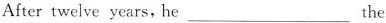
After twelve years, he ___ the